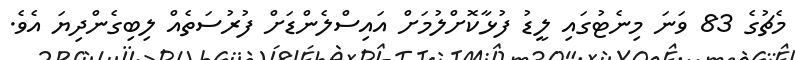
މެޗުގެ 83 ވަނަ މިނެޓުގައި ލީޑު ފުޅާކޮށްލުމަށް އައިސްލެންޑަށް ފުރުސަތެއް ލިބިގެންދިޔަ އެވެ.